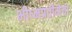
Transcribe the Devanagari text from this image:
भीष्मप्रतीमेची